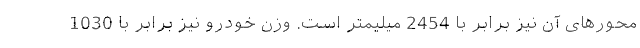
محورهای آن نیز برابر با 2454 میلیمتر است. وزن خودرو نیز برابر با 1030